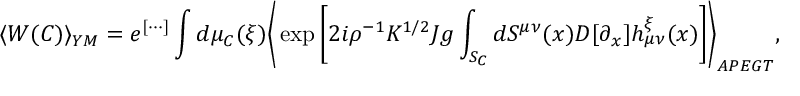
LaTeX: \langle W ( C ) \rangle _ { Y M } = e ^ { [ \cdots ] } \int d \mu _ { C } ( \xi ) \Biggr \langle \exp \left[ 2 i \rho ^ { - 1 } K ^ { 1 / 2 } J g \int _ { S _ { C } } d S ^ { \mu \nu } ( x ) { \cal D } [ \partial _ { x } ] h _ { \mu \nu } ^ { \xi } ( x ) \right] \Biggr \rangle _ { A P E G T } ,